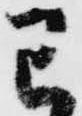
已